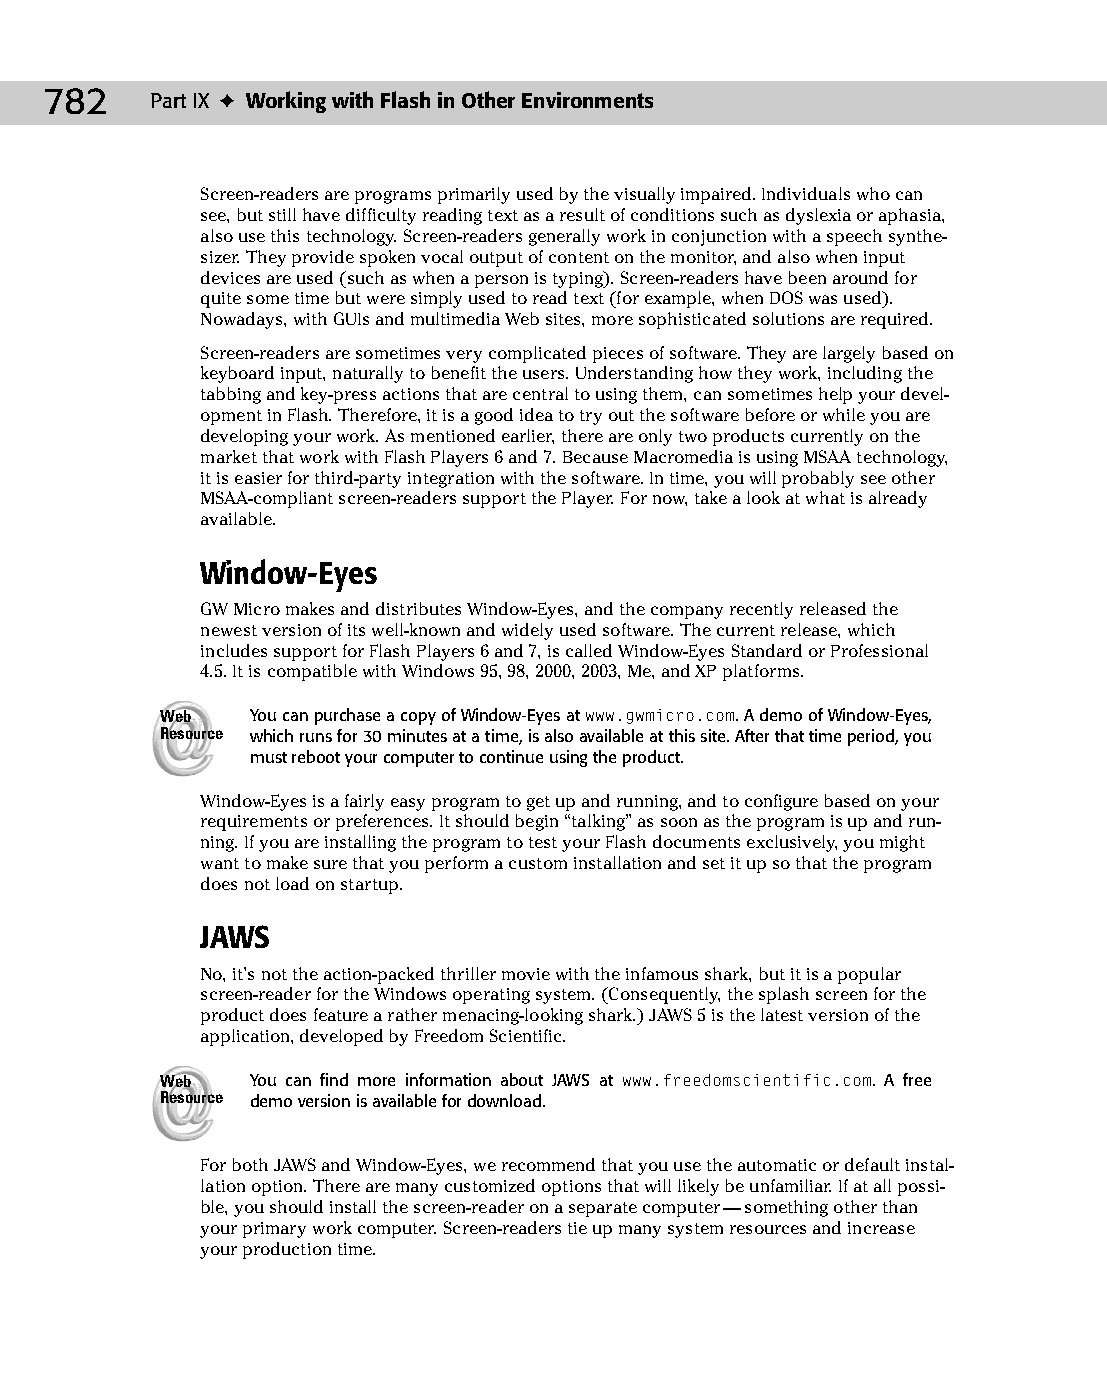
42 543547 ch32.qxd 3/24/04 4:16 PM Page 782
 782    Part IX ✦ Working with Flash in Other Environments
 Screen-readers are programs primarily used by the visually impaired. Individuals who can
 see, but still have difficulty reading text as a result of conditions such as dyslexia or aphasia,
 also use this technology. Screen-readers generally work in conjunction with a speech synthe­
 sizer. They provide spoken vocal output of content on the monitor, and also when input
 devices are used (such as when a person is typing). Screen-readers have been around for
 quite some time but were simply used to read text (for example, when DOS was used).
 Nowadays, with GUIs and multimedia Web sites, more sophisticated solutions are required.
 Screen-readers are sometimes very complicated pieces of software. They are largely based on
 keyboard input, naturally to benefit the users. Understanding how they work, including the
 tabbing and key-press actions that are central to using them, can sometimes help your devel­
 opment in Flash. Therefore, it is a good idea to try out the software before or while you are
 developing your work. As mentioned earlier, there are only two products currently on the
 market that work with Flash Players 6 and 7. Because Macromedia is using MSAA technology,
 it is easier for third-party integration with the software. In time, you will probably see other
 MSAA-compliant screen-readers support the Player. For now, take a look at what is already
 available.
 Window-Eyes
 GW Micro makes and distributes Window-Eyes, and the company recently released the
 newest version of its well-known and widely used software. The current release, which
 includes support for Flash Players 6 and 7, is called Window-Eyes Standard or Professional
 4.5. It is compatible with Windows 95, 98, 2000, 2003, Me, and XP platforms.
 Web   You can purchase a copy of Window-Eyes at www.gwmicro.com. A demo of Window-Eyes,
 Resource which runs for 30 minutes at a time, is also available at this site. After that time period, you
 must reboot your computer to continue using the product.
 Window-Eyes is a fairly easy program to get up and running, and to configure based on your
 requirements or preferences. It should begin “talking” as soon as the program is up and run­
 ning. If you are installing the program to test your Flash documents exclusively, you might
 want to make sure that you perform a custom installation and set it up so that the program
 does not load on startup.
 JAWS
 No, it’s not the action-packed thriller movie with the infamous shark, but it is a popular
 screen-reader for the Windows operating system. (Consequently, the splash screen for the
 product does feature a rather menacing-looking shark.) JAWS 5 is the latest version of the
 application, developed by Freedom Scientific.
 Web   You can find more information about JAWS at www.freedomscientific.com. A free
 Resource demo version is available for download.
 For both JAWS and Window-Eyes, we recommend that you use the automatic or default instal­
 lation option. There are many customized options that will likely be unfamiliar. If at all possi­
 ble, you should install the screen-reader on a separate computer — something other than
 your primary work computer. Screen-readers tie up many system resources and increase
 your production time.